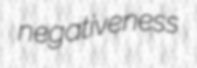
negativeness